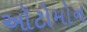
ઑટોમોન